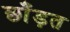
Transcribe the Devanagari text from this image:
छाँड़त